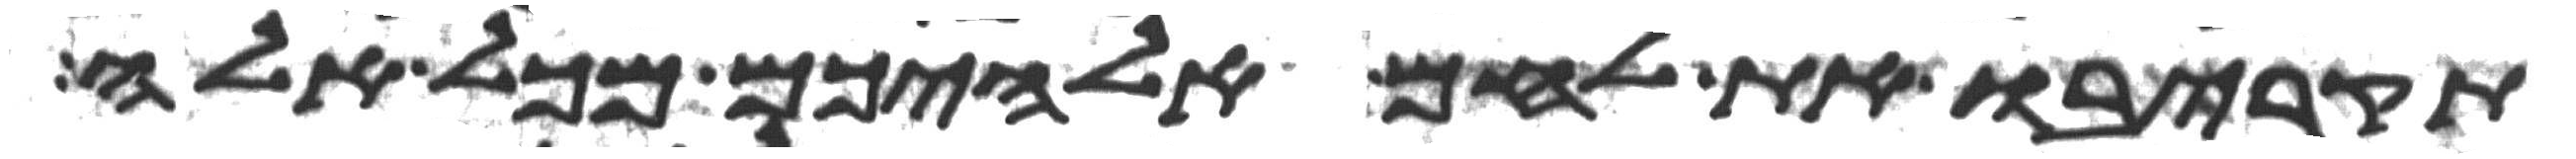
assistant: תקריבו את לחם אלהיכם מכל אלה